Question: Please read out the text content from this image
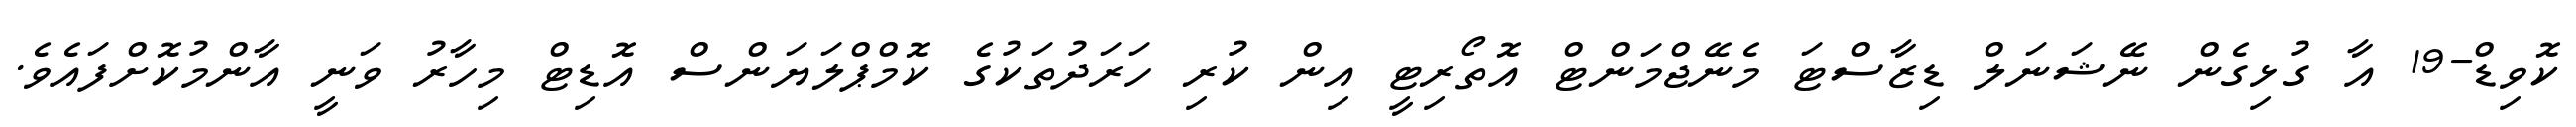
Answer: ކޮވިޑް-19 އާ ގުޅިގެން ނޭޝަނަލް ޑިޒާސްޓަ މެނޭޖްމަންޓް އޮތޯރިޓީ އިން ކުރި ހަރަދުތަކުގެ ކޮމްޕްލަޔަންސް އޮޑިޓް މިހާރު ވަނީ އާންމުކޮށްފައެވެ.